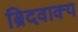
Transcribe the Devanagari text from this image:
ब्रिदवाक्य